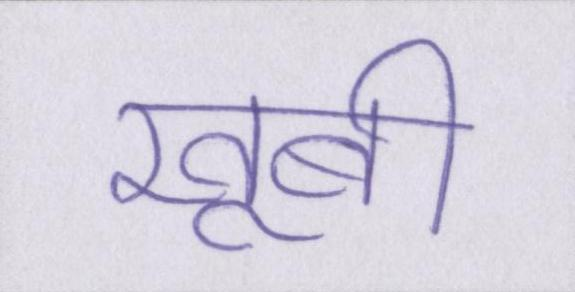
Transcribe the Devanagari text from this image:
खूबी